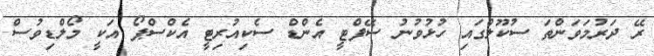
ރޭ ދަރުމަވަންތަ ސުކޫލްގައި ހުޅުވުނު ސޭފްޓީ އެންޑް ސެކިއުރިޓީ އެކްސްޕޯ އަކީ މޯލްޑިވުސް